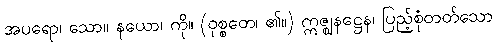
အပရော၊ သော။ နယော၊ ကို။ (ဝုစ္စတေ၊ ၏။) ဣဇ္ဈနဋ္ဌေန၊ ပြည့်စုံတတ်သော